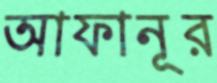
আফানূর